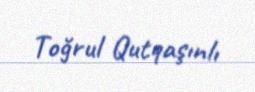
Toğrul Qutqaşınlı